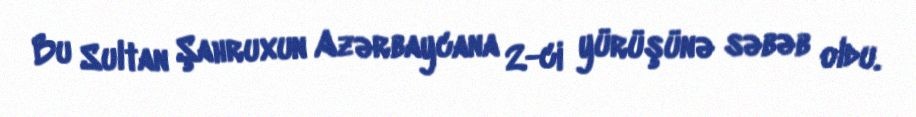
Bu Sultan Şahruxun Azərbaycana 2-ci yürüşünə səbəb oldu.